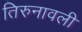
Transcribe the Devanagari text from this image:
तिरुनावली